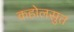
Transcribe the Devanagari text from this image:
कहोलसुत